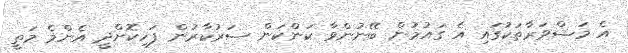
އެ މަޝްވަރާތަކުގައި އެ ގައުމުން ބޭނުންވާ ކަންކަން ސަރުކާރުން ފަހިކޮށްދީ އެންމެ މަތީ